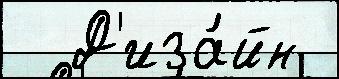
  Д'иза́йн